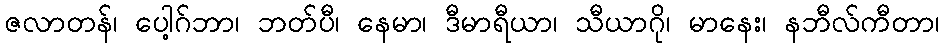
ဇလာတန်၊ ပေါ့ဂ်ဘာ၊ ဘတ်ပီ၊ နေမာ၊ ဒီမာရီယာ၊ သီယာဂို၊ မာနေး၊ နဘီလ်ကီတာ၊